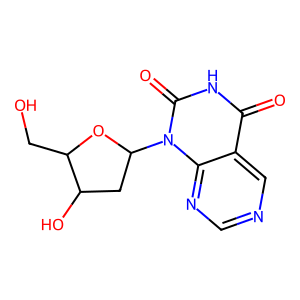
SMILES: O=c1[nH]c(=O)n(C2CC(O)C(CO)O2)c2ncncc12
Inhibits HIV replication: No